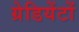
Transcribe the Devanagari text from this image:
ग्रेडियेंटों